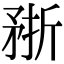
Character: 𥍭